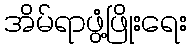
အိမ်ရာဖွံ့ဖြိုးရေး